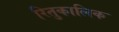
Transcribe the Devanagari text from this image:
रितुकालिक